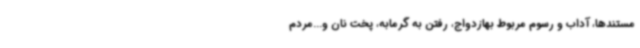
مستندها، آداب و رسوم مربوط بهازدواج، رفتن به گرمابه، پخت نان و...مردم